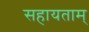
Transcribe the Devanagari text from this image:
सहायताम्